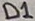
Text: D1